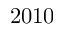
2 0 1 0